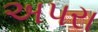
અપરા